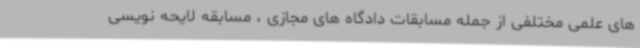
های علمی مختلفی از جمله مسابقات دادگاه های مجازی ، مسابقه لایحه نویسی